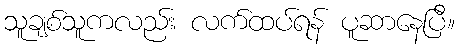
သူချစ်သူကလည်း လက်ထပ်ရန် ပူဆာနေပြီ။